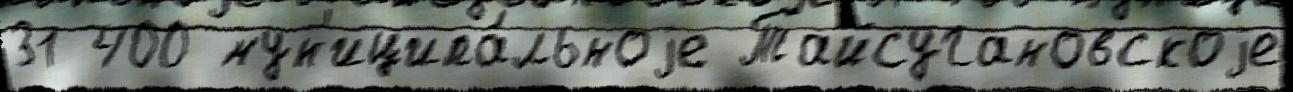
31 400 мун'иципа́льноjе Тайсугановскоjе